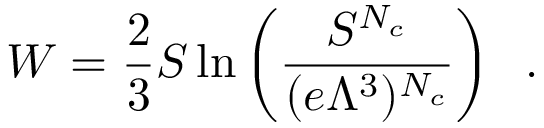
{ \cal W } = \frac { 2 } { 3 } S \ln \left( \frac { S ^ { N _ { c } } } { ( e \Lambda ^ { 3 } ) ^ { N _ { c } } } \right) \; \; .